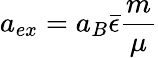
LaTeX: a_{ex}=a_{B}\bar{\epsilon}\frac{m}{\mu}